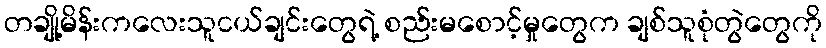
တချို့မိန်းကလေးသူငယ်ချင်းတွေရဲ့ စည်းမစောင့်မှုတွေက ချစ်သူစုံတွဲတွေကို